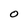
Character: O